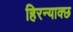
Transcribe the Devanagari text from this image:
हिरन्याक्छ